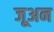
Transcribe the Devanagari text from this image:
जूअन